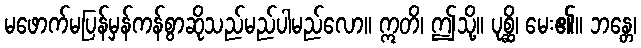
မဖောက်မပြန်မှန်ကန်စွာဆိုသည်မည်ပါမည်လော။ ဣတိ၊ ဤသို့။ ပုစ္ဆိ၊ မေး၏။ ဘန္တေ၊